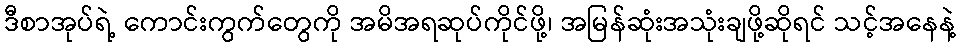
ဒီစာအုပ်ရဲ့ ကောင်းကွက်တွေကို အမိအရဆုပ်ကိုင်ဖို့၊ အမြန်ဆုံးအသုံးချဖို့ဆိုရင် သင့်အနေနဲ့